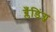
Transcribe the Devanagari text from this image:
ब्लँडिंग्ज